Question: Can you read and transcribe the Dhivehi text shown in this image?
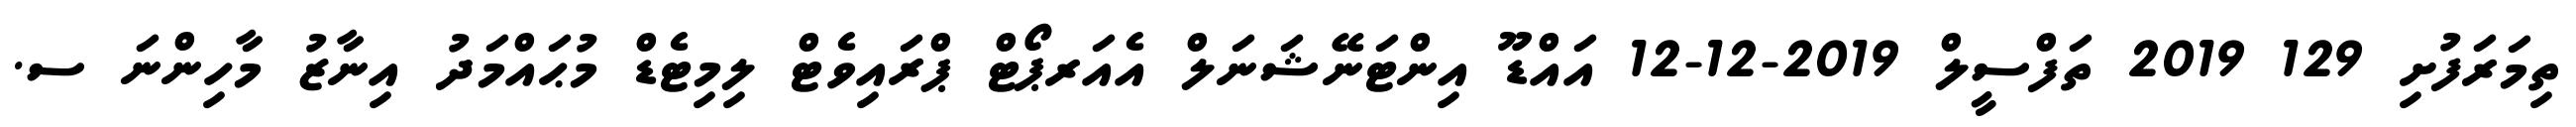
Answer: ތިމަރަފުށި 129 2019 ތަފްސީލް 2019-12-12 އައްޑޫ އިންޓަނޭޝަނަލް އެއަރޕޯޓް ޕްރައިވެޓް ލިމިޓެޑް މުޙައްމަދު އިނާޒު މާހިންނަ ސ.